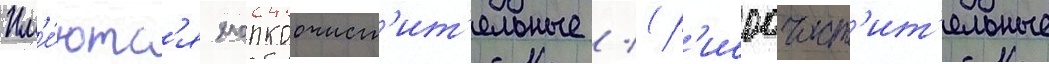
Им'е́ютс'я хлопкоочист'ит'ельные / (р'исоочист'ит'ельные